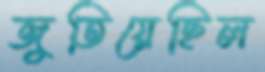
জুতিয়েছিল